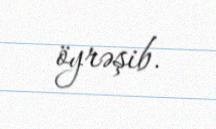
öyrəşib.